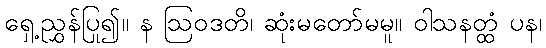
ရှေ့ညွှန်ပြု၍။ န ဩဝဒတိ၊ ဆုံးမတော်မမူ။ ဝါသနတ္ထံ ပန၊